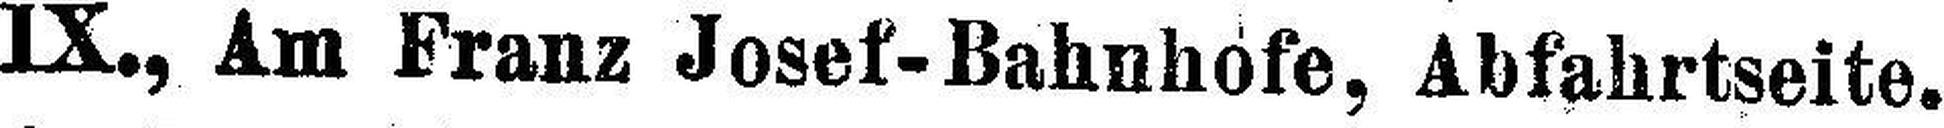
IX., Am Franz Josef-Bahnhofe, Abfahrtseite.